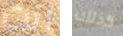
انت كذلك